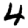
Digit: 4